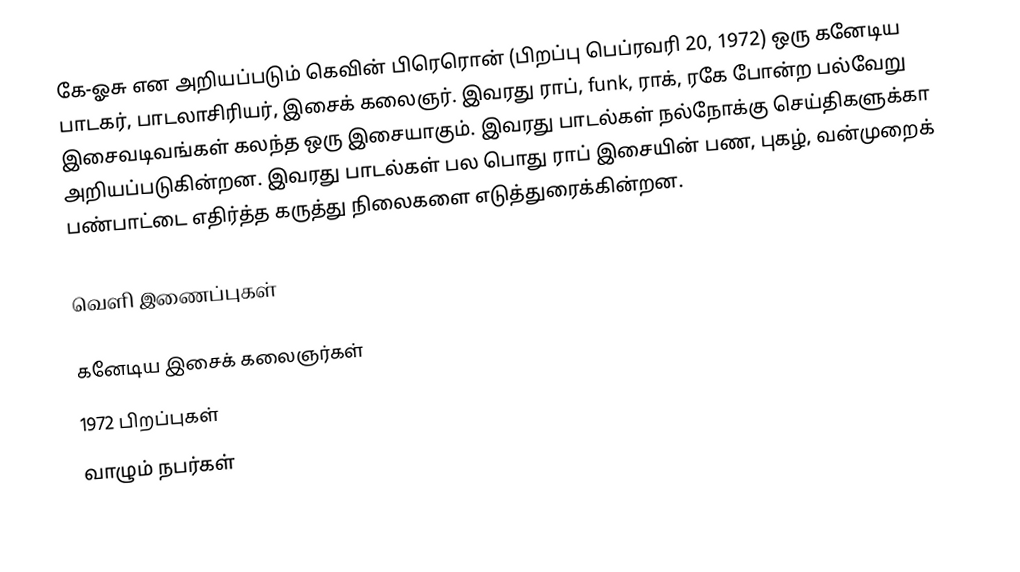
கே-ஓசு என அறியப்படும் கெவின் பிரெரொன் (பிறப்பு பெப்ரவரி 20, 1972) ஒரு கனேடிய பாடகர், பாடலாசிரியர், இசைக் கலைஞர்.  இவரது ராப், funk, ராக், ரகே போன்ற பல்வேறு இசைவடிவங்கள் கலந்த ஒரு இசையாகும்.  இவரது பாடல்கள் நல்நோக்கு செய்திகளுக்கா அறியப்படுகின்றன.  இவரது பாடல்கள் பல பொது ராப் இசையின் பண, புகழ், வன்முறைக் பண்பாட்டை எதிர்த்த கருத்து நிலைகளை எடுத்துரைக்கின்றன.

வெளி இணைப்புகள்

கனேடிய இசைக் கலைஞர்கள்
1972 பிறப்புகள்
வாழும் நபர்கள்